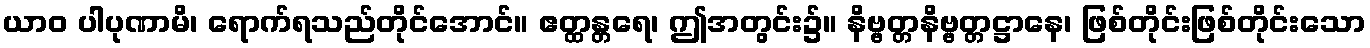
ယာဝ ပါပုဏာမိ၊ ရောက်ရသည်တိုင်အောင်။ ဧတ္ထန္တရေ၊ ဤအတွင်း၌။ နိဗ္ဗတ္တနိဗ္ဗတ္တဋ္ဌာနေ၊ ဖြစ်တိုင်းဖြစ်တိုင်းသော